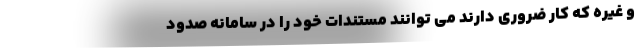
و غیره که کار ضروری دارند می توانند مستندات خود را در سامانه صدود